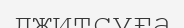
джитсуға